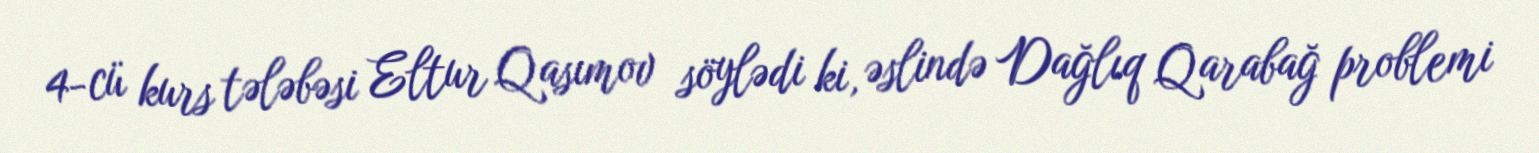
4-cü kurs tələbəsi Eltur Qasımov söylədi ki, əslində Dağlıq Qarabağ problemi